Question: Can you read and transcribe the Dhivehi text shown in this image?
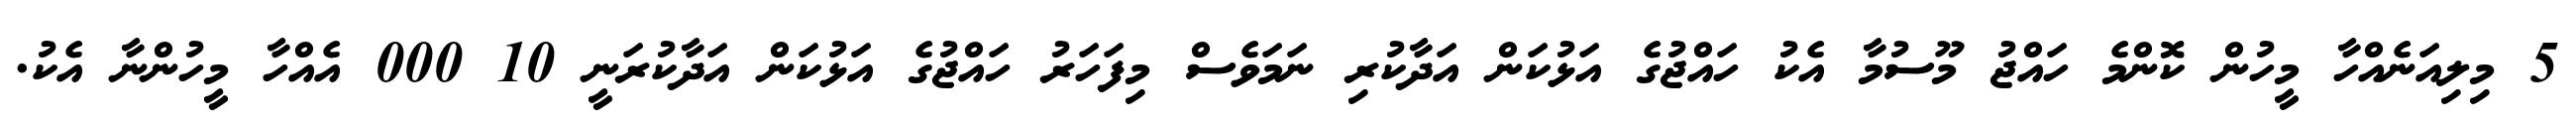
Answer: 5 މިލިއަނެއްހާ މީހުން ކޮންމެ ހައްޖު މޫސުމާ އެކު ހައްޖުގެ އަޅުކަން އަދާކުރި ނަމަވެސް މިފަހަރު ހައްޖުގެ އަޅުކަން އަދާކުރަނީ 10 000 އެއްހާ މީހުންނާ އެކު.